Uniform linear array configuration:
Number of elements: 64
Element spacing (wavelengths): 0.25
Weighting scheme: blackman
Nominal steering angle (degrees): -45
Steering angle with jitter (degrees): -46.451
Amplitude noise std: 0.05
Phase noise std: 0.05

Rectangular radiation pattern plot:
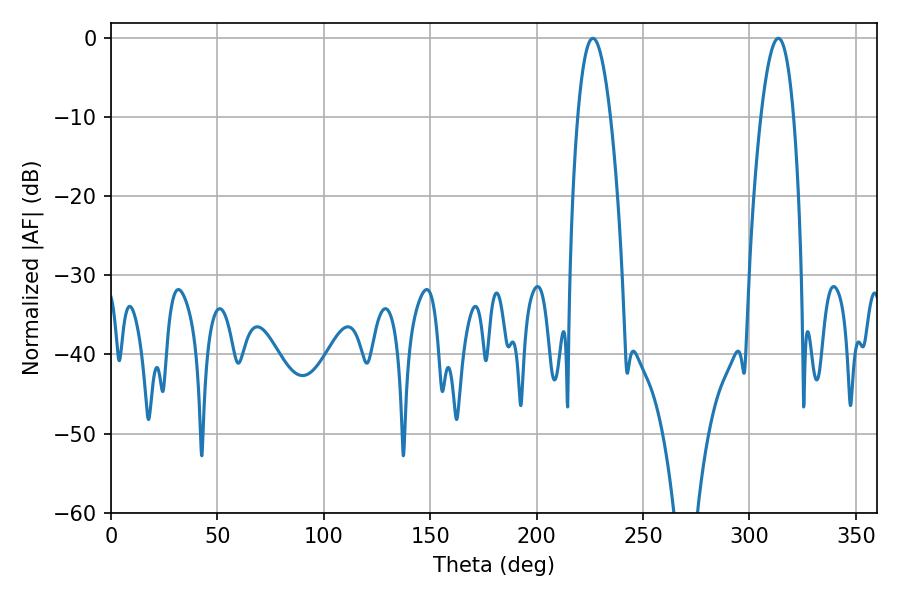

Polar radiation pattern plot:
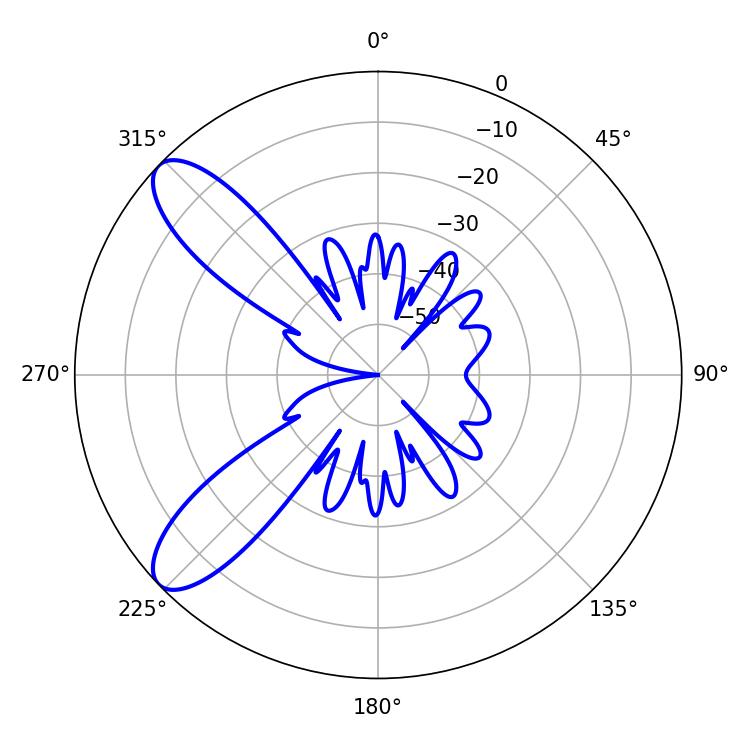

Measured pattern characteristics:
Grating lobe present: FALSE
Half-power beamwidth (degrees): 8.46
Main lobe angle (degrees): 226.44